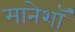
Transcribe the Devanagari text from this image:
मानेशॉ